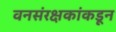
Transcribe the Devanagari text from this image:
वनसंरक्षकांकडून